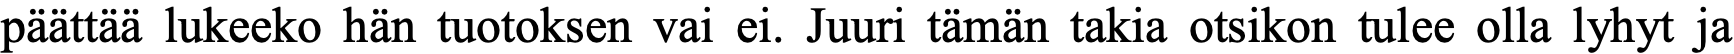
päättää lukeeko hän tuotoksen vai ei. Juuri tämän takia otsikon tulee olla lyhyt ja